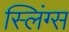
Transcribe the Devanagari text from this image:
स्लिंग्स